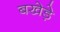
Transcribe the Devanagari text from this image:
बखेड़े